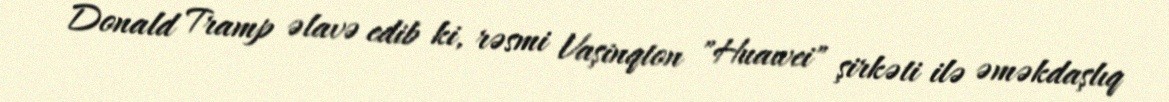
Donald Tramp əlavə edib ki, rəsmi Vaşinqton "Huawei" şirkəti ilə əməkdaşlıq